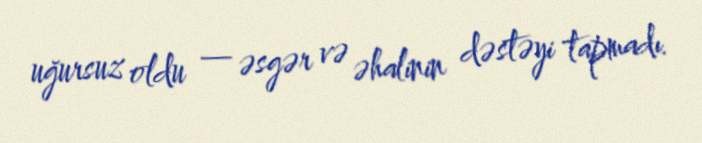
uğursuz oldu — əsgər və əhalinin dəstəyi tapmadı.